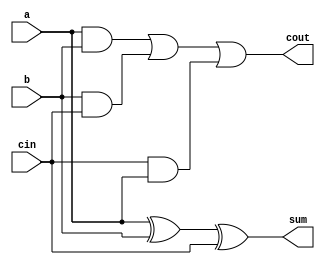
module one_bit_FA(
    input a,b,
    input cin,
    output cout,sum);
	
    assign sum  = a^b^cin;
    assign cout = (a&b)|(b&cin)|(cin&a);
endmodule

module top_module( 
    input [99:0] a, b,
    input cin,
    output [99:0] cout,
    output [99:0] sum );

    genvar i;
    
    one_bit_FA FA1(a[0],b[0],cin,cout[0],sum[0]);
    
    //this is a generte block
    //The loop generate construct provides an easy and concise method to create multiple instances 
    //of module items such as module instances, assign statements, assertions, interface instances 
    //In essence generate block is a special type of for loop with the loop index variable of datatype genvar.
    generate
        for (i=1; i<100; i=i+1) begin : Full_adder_block
        one_bit_FA FA(a[i],b[i],cout[i-1],cout[i],sum[i]);
    end
    endgenerate
endmodule